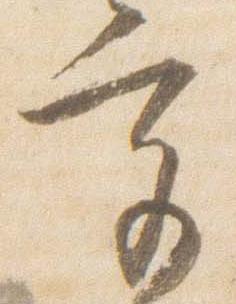
宮